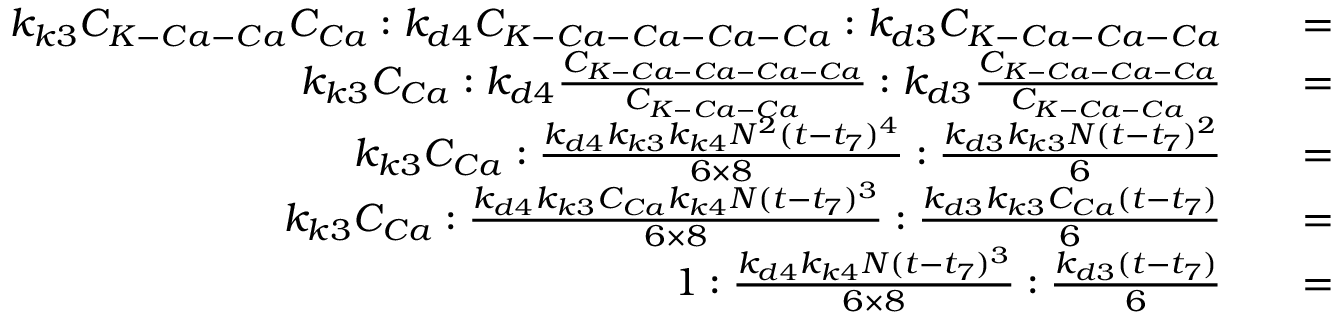
\begin{array} { r l r } { k _ { k 3 } C _ { K - C a - C a } C _ { C a } : k _ { d 4 } C _ { K - C a - C a - C a - C a } : k _ { d 3 } C _ { K - C a - C a - C a } } & { } & { = } \\ { k _ { k 3 } C _ { C a } : k _ { d 4 } \frac { C _ { K - C a - C a - C a - C a } } { C _ { K - C a - C a } } : k _ { d 3 } \frac { C _ { K - C a - C a - C a } } { C _ { K - C a - C a } } } & { } & { = } \\ { k _ { k 3 } C _ { C a } : \frac { k _ { d 4 } k _ { k 3 } k _ { k 4 } N ^ { 2 } ( t - t _ { 7 } ) ^ { 4 } } { 6 \times 8 } : \frac { k _ { d 3 } k _ { k 3 } N ( t - t _ { 7 } ) ^ { 2 } } { 6 } } & { } & { = } \\ { k _ { k 3 } C _ { C a } : \frac { k _ { d 4 } k _ { k 3 } C _ { C a } k _ { k 4 } N ( t - t _ { 7 } ) ^ { 3 } } { 6 \times 8 } : \frac { k _ { d 3 } k _ { k 3 } C _ { C a } ( t - t _ { 7 } ) } { 6 } } & { } & { = } \\ { 1 : \frac { k _ { d 4 } k _ { k 4 } N ( t - t _ { 7 } ) ^ { 3 } } { 6 \times 8 } : \frac { k _ { d 3 } ( t - t _ { 7 } ) } { 6 } } & { } & { = } \end{array}